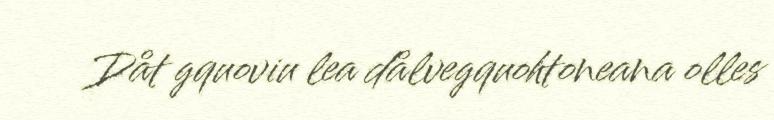
Dåt gquoviu lea dålvegquohtoneana olles